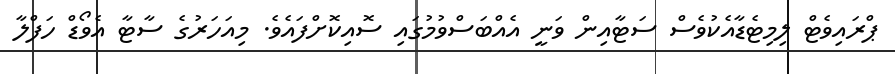
ޕްރައިވެޓް ލިމިޓެޑާއެކުވެސް ސަޓާއިން ވަނީ އެއްބަސްވުމުގައި ސޮއިކޮށްފައެވެ. މިއަހަރުގެ ސާޓާ އެވޯޑް ހަފްލާ